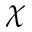
\chi